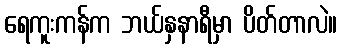
ရေကူးကန်က ဘယ်နှနာရီမှာ ပိတ်တာလဲ။